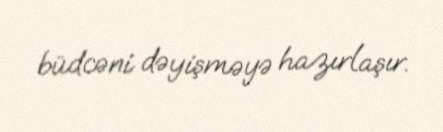
büdcəni dəyişməyə hazırlaşır.